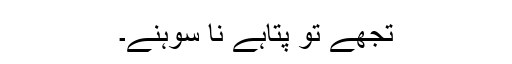
تجھے تو پتاہے نا سوہنے۔